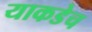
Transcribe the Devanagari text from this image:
याकडेच